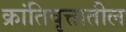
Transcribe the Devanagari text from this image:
क्रांतिवृत्तातील